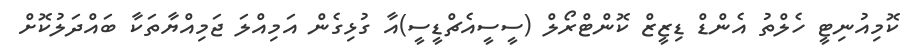
ކޮމިއުނިޓީ ހެލްތު އެންޑް ޑިޒީޒް ކޮންޓްރޯލް (ސީސީއެޗްޑީސީ)އާ ގުޅިގެން އަމިއްލަ ޖަމިއްޔާތަކާ ބައްދަލުކޮށް